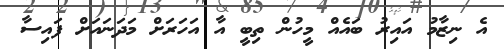
އެ ނިޒާމު އައިރު ބައެއް މީހުން ތިބީ އާ އަހަރަށް މަދަނައަށް ފައިސާ